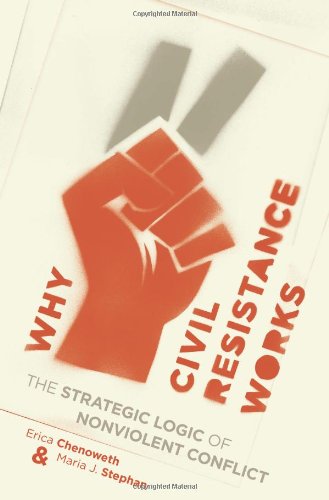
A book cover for Why Civil Resistance Works: The Strategic Logic of Nonviolent Conflict (Columbia Studies in Terrorism and Irregular Warfare); Erica Chenoweth; Politics & Social Sciences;